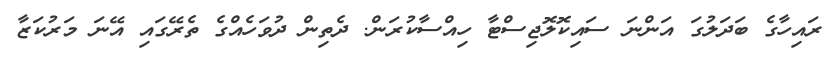
ރައިހާގެ ބަދަލުގަ އަންނަ ސައިކޮލޮޖިސްޓާ ހިއްސާކުރަން. ދެތިން ދުވަހެއްގެ ތެރޭގައި އޭނަ މަރުކަޒާ